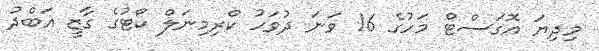
މިދިޔަ އޮގަސްޓް މަހުގެ 16 ވަނަ ދުވަހު ކްރިމިނަލް ކޯޓުގެ ގާޒީ އަބްދު